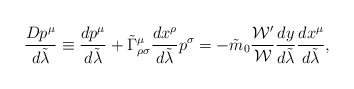
\begin{align*}{{Dp^{\mu}}\over{d\tilde{\lambda}}}\equiv {{dp^{\mu}}\over{d\tilde{\lambda}}}+\tilde{\Gamma}^{\mu}_{\rho\sigma}{{dx^{\rho}}\over{d\tilde{\lambda}}}p^{\sigma}=-\tilde{m}_0{{{\cal W}^{\prime}}\over{\cal W}}{{dy}\over{d\tilde{\lambda}}}{{dx^{\mu}}\over{d\tilde{\lambda}}},\end{align*}